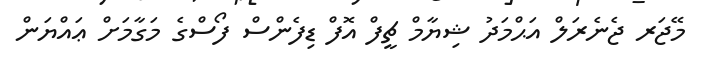
މޭޖަރ ޖެނެރަލް އަޙްމަދު ޝިޔާމް ޗީފް އޮފް ޑިފެންސް ފޯސްގެ މަގާމަށް ޢައްޔަން